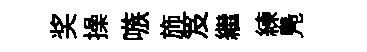
奖操嗾斾笈繼練鳬